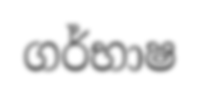
ගර්භාෂ